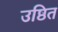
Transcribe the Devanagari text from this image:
उष्ठित